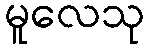
မူလေသု